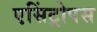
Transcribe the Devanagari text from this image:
एसिंट्रोपस